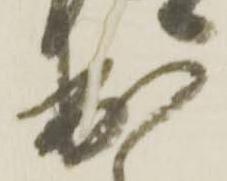
出